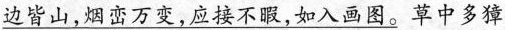
边皆山，烟峦万变，应接不暇，如入画图。}草中多獐